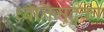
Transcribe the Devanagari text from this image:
ध्वनिमुद्र्का